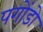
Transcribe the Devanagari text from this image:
पगोंडो